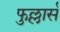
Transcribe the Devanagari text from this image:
फुल्लार्स